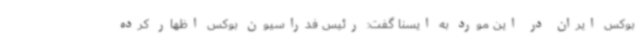
بوکس ایران در این مورد به ایسنا گفت: رئیس فدراسیون بوکس اظهار کرده